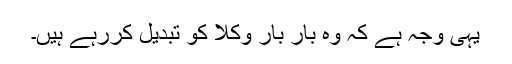
یہی وجہ ہے کہ وہ بار بار وکلا کو تبدیل کررہے ہیں۔